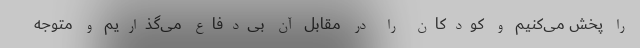
را پخش می‌کنیم و کودکان را در مقابل آن بی‌دفاع می‌گذاریم و متوجه